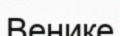
Венике